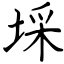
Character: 埰